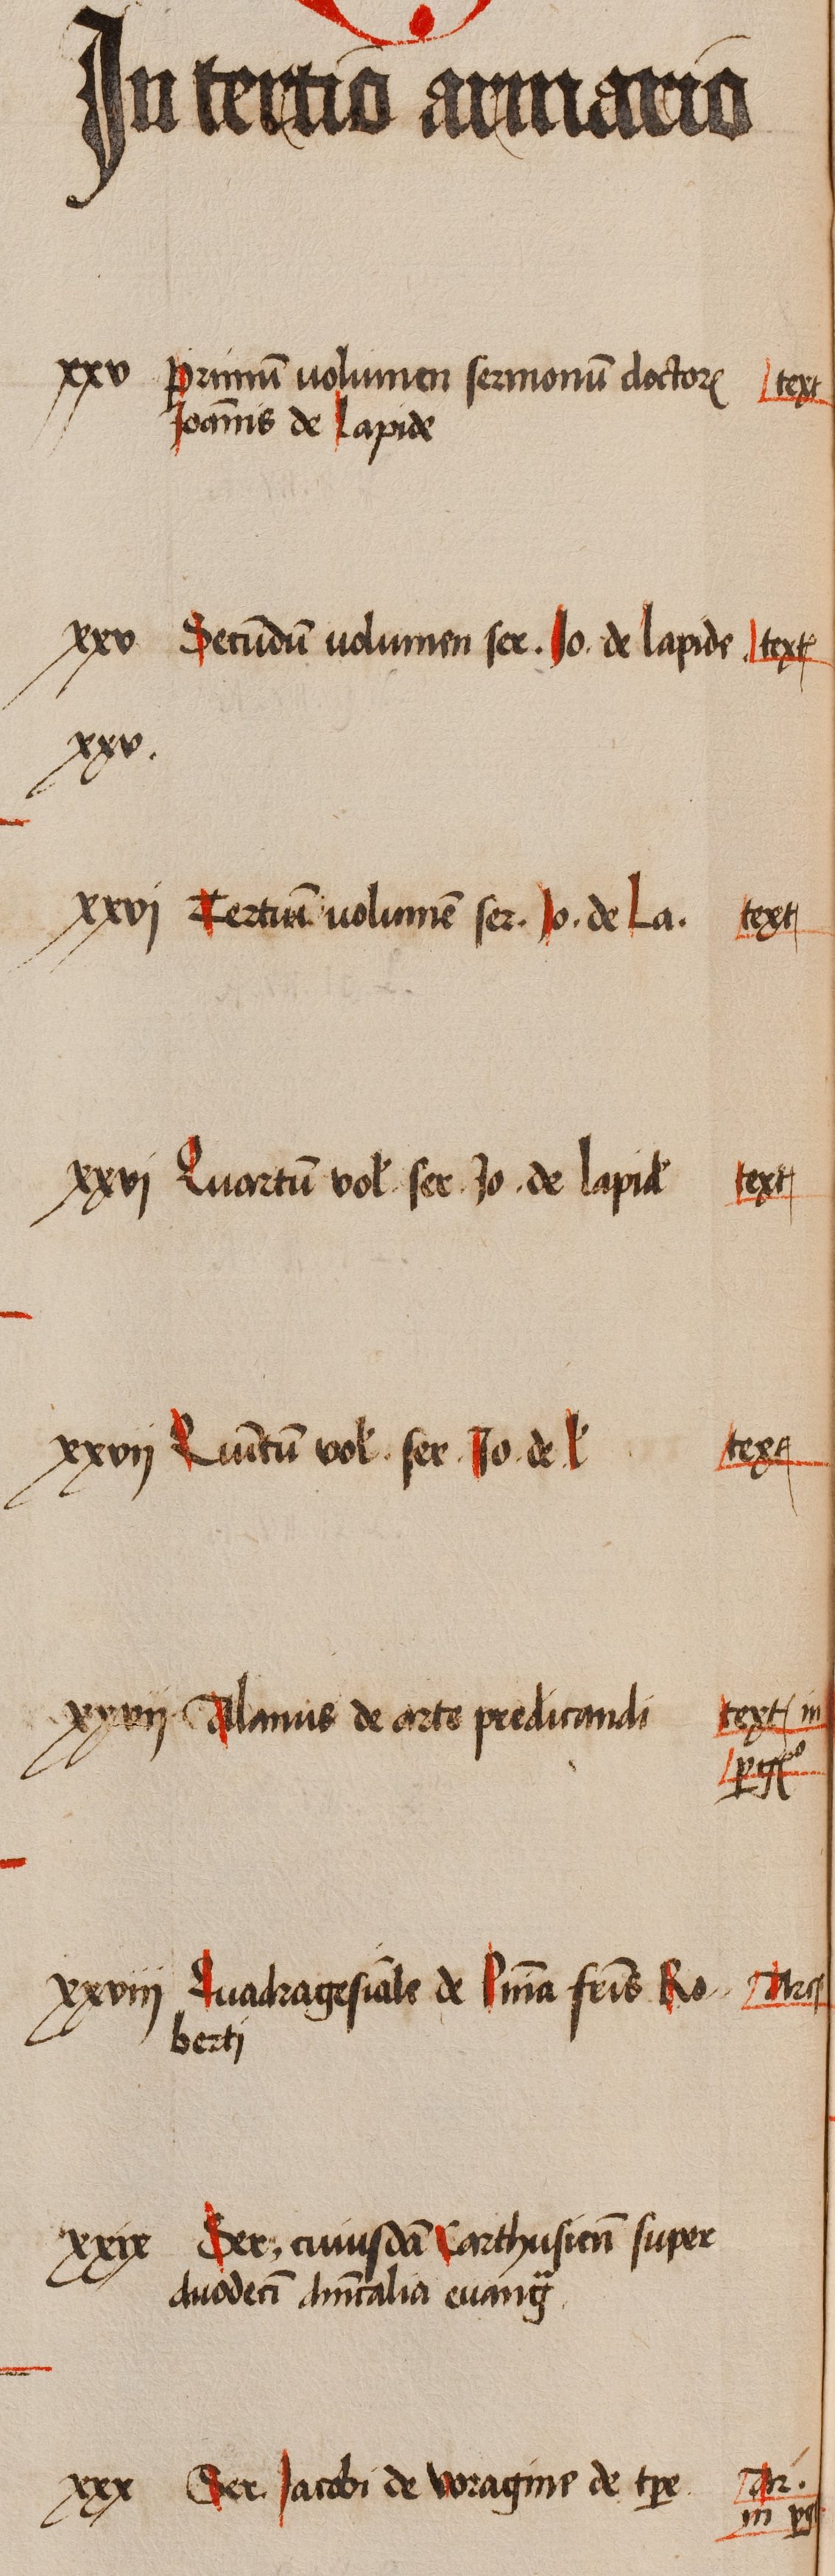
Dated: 1505–1535